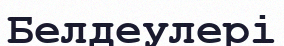
Белдеулері